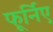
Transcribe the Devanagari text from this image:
फूर्निए